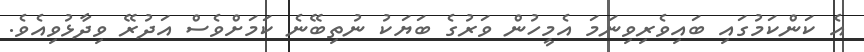
އެ ކަންކަމުގައި ބައިވެރިވިނަމަ އެމީހުން ވަރުގެ ބަޔަކު ނުތިބޭނެ ކަމަށްވެސް އަދުރޭ ވިދާޅުވިއެވެ.